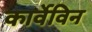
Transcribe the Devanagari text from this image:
कार्वेविन